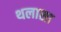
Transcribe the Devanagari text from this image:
थलासा